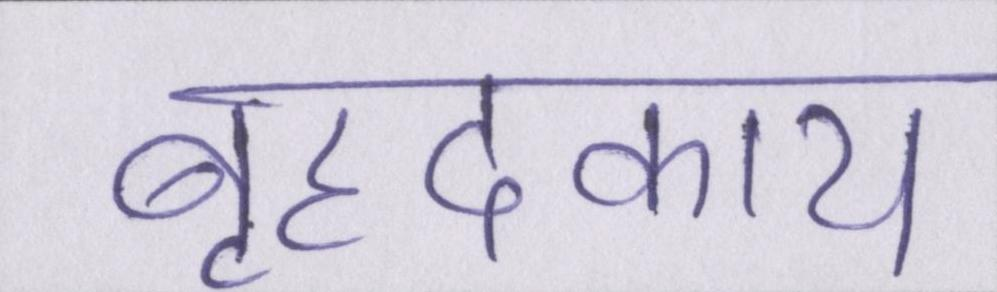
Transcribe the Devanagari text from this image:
बृहदकाय